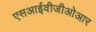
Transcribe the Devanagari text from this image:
एसआईवीजीओआर